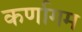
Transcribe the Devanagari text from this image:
कर्णागम